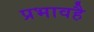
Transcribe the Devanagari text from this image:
प्रभावहै